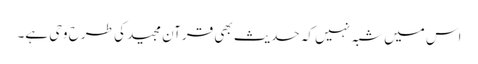
اس میں شبہ نہیں کہ حدیث بھی قرآن مجید کی طرح وحی ہے۔